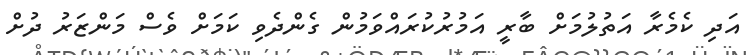
އަދި ކެމެރާ އަތުލުމަށް ބާރީ އަމުރުކުރައްވަމުން ގެންދެވި ކަމަށް ވެސް މަންޒަރު ދުށް